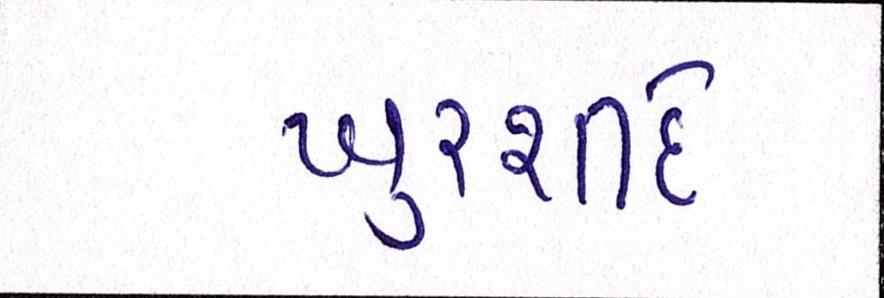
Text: ખુરશીદે